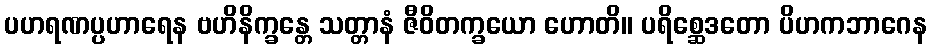
ပဟရဏပ္ပဟာရေန ဗဟိနိက္ခန္တေ သတ္တာနံ ဇီဝိတက္ခယော ဟောတိ။ ပရိစ္ဆေဒတော ပိဟကဘာဂေန